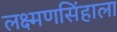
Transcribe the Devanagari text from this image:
लक्ष्मणसिंहाला